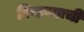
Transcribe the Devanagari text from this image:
किडण्याची